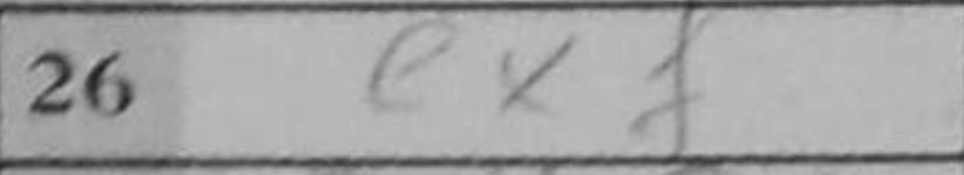
Transcription: exf